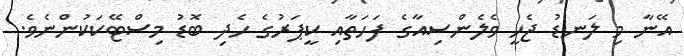
އޭނާ މި ލަނޑު ޖެހީ ވެލެންސިއާގެ ފަހަތާއި ކީޕަރުގެ ހެދި ބޮޑު މިސްޓޭކަކުންނެވެ.